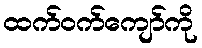
ထက်ဝက်ကျော်ကို